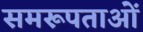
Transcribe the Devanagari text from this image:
समरूपताओं